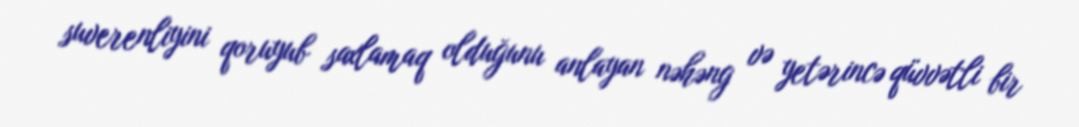
suverenliyini qoruyub saxlamaq olduğunu anlayan nəhəng və yetərincə qüvvətli bir